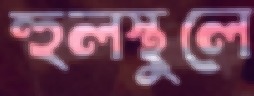
হুলস্থুলে